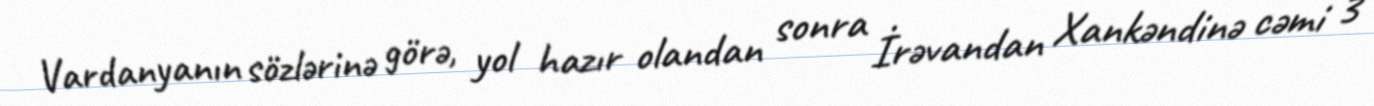
Vardanyanın sözlərinə görə, yol hazır olandan sonra İrəvandan Xankəndinə cəmi 3